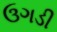
ઉગડી